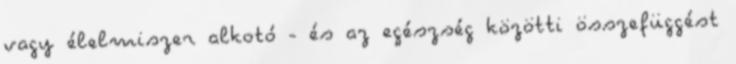
vagy élelmiszer alkotó - és az egészség közötti összefüggést